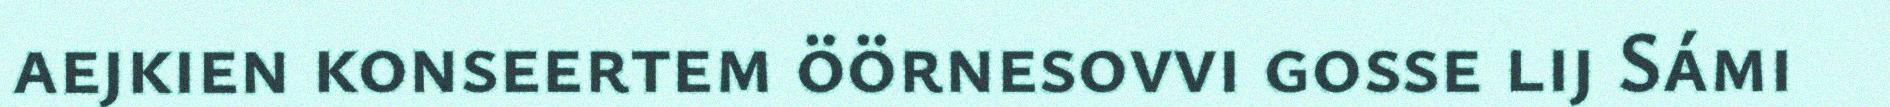
aejkien konseertem öörnesovvi gosse lij Sámi